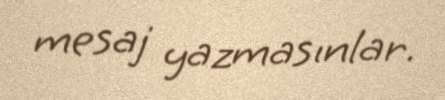
mesaj yazmasınlar.